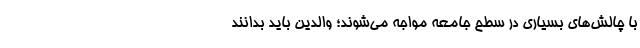
با چالش‌های بسیاری در سطح جامعه مواجه می‌شوند؛ والدین باید بدانند